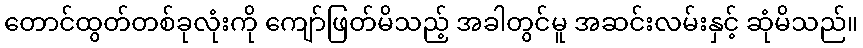
တောင်ထွတ်တစ်ခုလုံးကို ကျော်ဖြတ်မိသည့် အခါတွင်မူ အဆင်းလမ်းနှင့် ဆုံမိသည်။